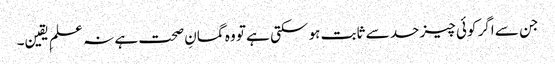
جن سے اگر کوئی چیز حد سے ثابت ہو سکتی ہے تو وہ گمانِ صحت ہے نہ علمِ یقین۔